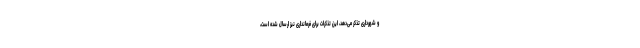
و شهرداری تذکر می‌دهد، این تذکرات برای فرمانداری نیز ارسال شده است،